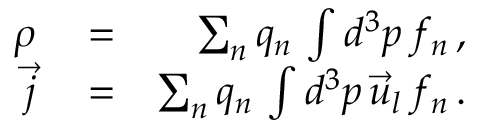
\begin{array} { r l r } { \rho } & { { } = } & { \sum _ { n } q _ { n } \, \int d ^ { 3 } p \, f _ { n } \, , } \\ { \vec { j } } & { { } = } & { \sum _ { n } q _ { n } \, \int d ^ { 3 } p \, \vec { u } _ { l } \, f _ { n } \, . } \end{array}